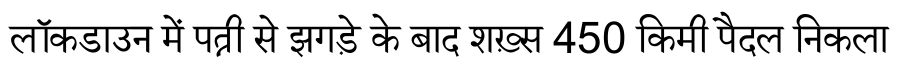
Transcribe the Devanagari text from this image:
लॉकडाउन में पत्नी से झगड़े के बाद शख़्स 450 किमी पैदल निकला